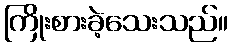
ကြိုးစားခဲ့သေးသည်။